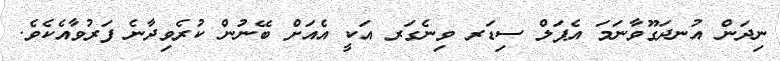
ނިދަން އުނދަގޫވާނަމަ އެޕަލް ސިޑަރ ވިނެގަރ އަކީ އެއަށް ބޭނުން ކުރެވިދާނެ ފަރުވާއެކެވެ.